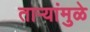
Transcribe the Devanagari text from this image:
तार्‍यांमुळे